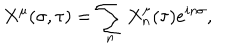
LaTeX: X ^ { \mu } ( \sigma , \tau ) = \sum _ { n } X _ { n } ^ { \mu } ( \tau ) e ^ { i n \sigma } ,